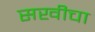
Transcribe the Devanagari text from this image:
सखीचा